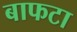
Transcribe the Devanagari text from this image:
बाफटा